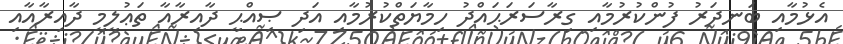
އެޅުމާއި ބަނދަރު ފުންކުރުމާއި ގިރާސަރަޙައްދު ހިމާޔަތްކުރުމާއި އަދި ޞިއްޙީ ދާއިރާއާ ތަޢުލީމީ ދާއިރާއާއި